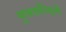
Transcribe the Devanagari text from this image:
मुक्तसंनिवृत्ती